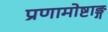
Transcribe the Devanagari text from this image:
प्रणामोष्टाङ्ग